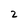
Character: 2